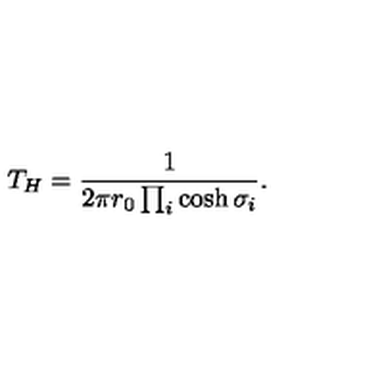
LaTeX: T _ { H } = \frac { 1 } { 2 \pi r _ { 0 } \prod _ { i } \cosh \sigma _ { i } } .